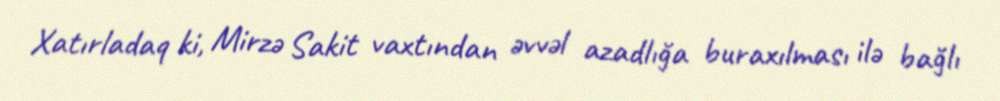
Xatırladaq ki, Mirzə Sakit vaxtından əvvəl azadlığa buraxılması ilə bağlı